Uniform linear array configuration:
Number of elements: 4
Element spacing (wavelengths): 0.5
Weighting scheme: blackman
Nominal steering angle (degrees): -60
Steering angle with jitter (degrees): -61.995
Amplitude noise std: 0.05
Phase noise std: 0.05

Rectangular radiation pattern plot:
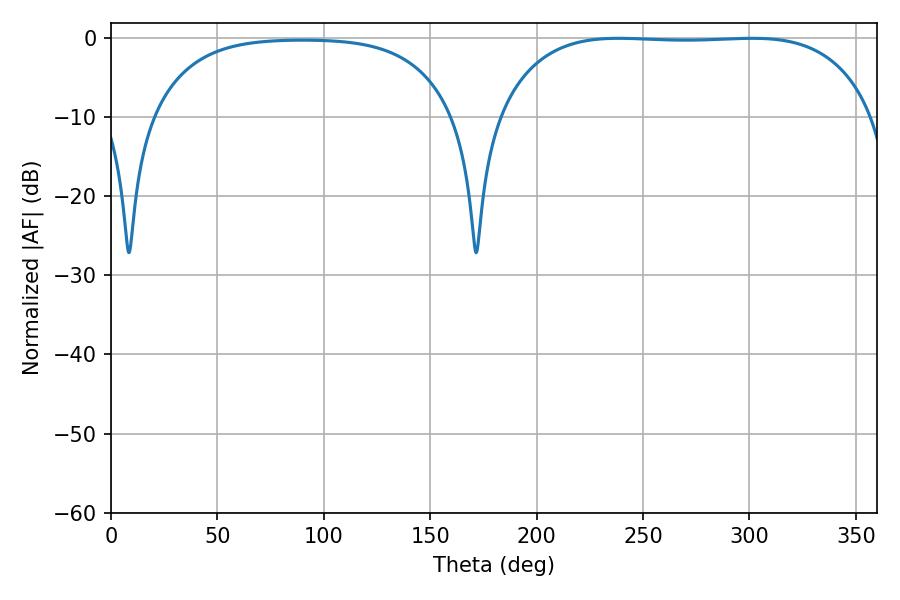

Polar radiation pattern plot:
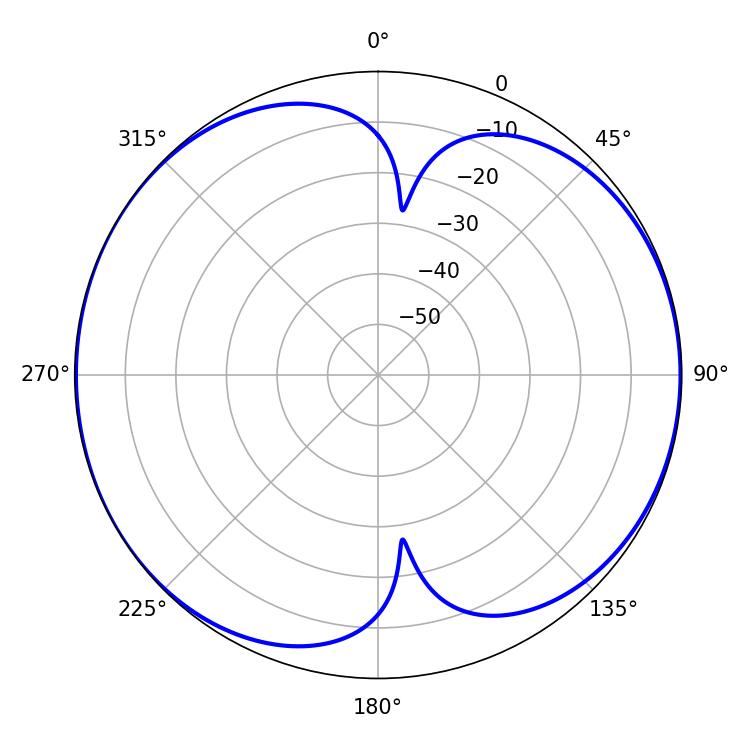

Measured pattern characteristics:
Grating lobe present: FALSE
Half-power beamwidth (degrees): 138.6
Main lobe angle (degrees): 238.68